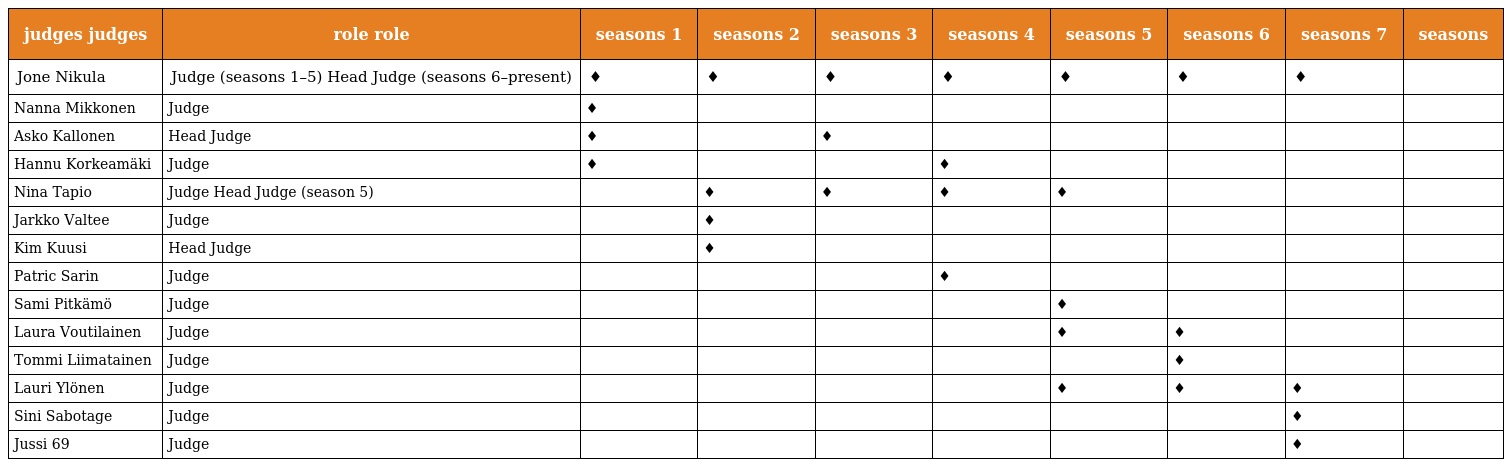
| judges judges | role role | seasons 1 | seasons 2 | seasons 3 | seasons 4 | seasons 5 | seasons 6 | seasons 7 | seasons |
 | --- | --- | --- | --- | --- | --- | --- | --- | --- | --- |
 | Jone Nikula | Judge (seasons 1–5) Head Judge (seasons 6–present) | ♦ | ♦ | ♦ | ♦ | ♦ | ♦ | ♦ |  |
 | Nanna Mikkonen | Judge | ♦ |  |  |  |  |  |  |  |
 | Asko Kallonen | Head Judge | ♦ |  | ♦ |  |  |  |  |  |
 | Hannu Korkeamäki | Judge | ♦ |  |  | ♦ |  |  |  |  |
 | Nina Tapio | Judge Head Judge (season 5) |  | ♦ | ♦ | ♦ | ♦ |  |  |  |
 | Jarkko Valtee | Judge |  | ♦ |  |  |  |  |  |  |
 | Kim Kuusi | Head Judge |  | ♦ |  |  |  |  |  |  |
 | Patric Sarin | Judge |  |  |  | ♦ |  |  |  |  |
 | Sami Pitkämö | Judge |  |  |  |  | ♦ |  |  |  |
 | Laura Voutilainen | Judge |  |  |  |  | ♦ | ♦ |  |  |
 | Tommi Liimatainen | Judge |  |  |  |  |  | ♦ |  |  |
 | Lauri Ylönen | Judge |  |  |  |  | ♦ | ♦ | ♦ |  |
 | Sini Sabotage | Judge |  |  |  |  |  |  | ♦ |  |
 | Jussi 69 | Judge |  |  |  |  |  |  | ♦ |  |